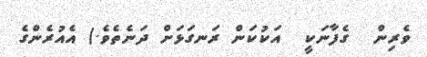
ވެރިން  ގެފާނަކީ  އަކުކަން ރަނގަޅަށް ދަނެތެވެ.) އެއުރެންގެ